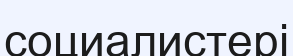
социалистері